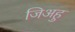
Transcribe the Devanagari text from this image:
जिअहु